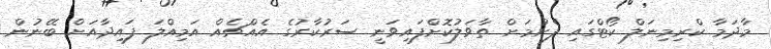
މާދަމާ ކްރިމިނަލް ކޯޓްގައި ފެށުމަށް ތާވަލުކޮށްފައިވަނީ ސަރުކާރުގެ އެއްޗެއް އަމިއްލަ ފައިދާއަށް ބޭނުން